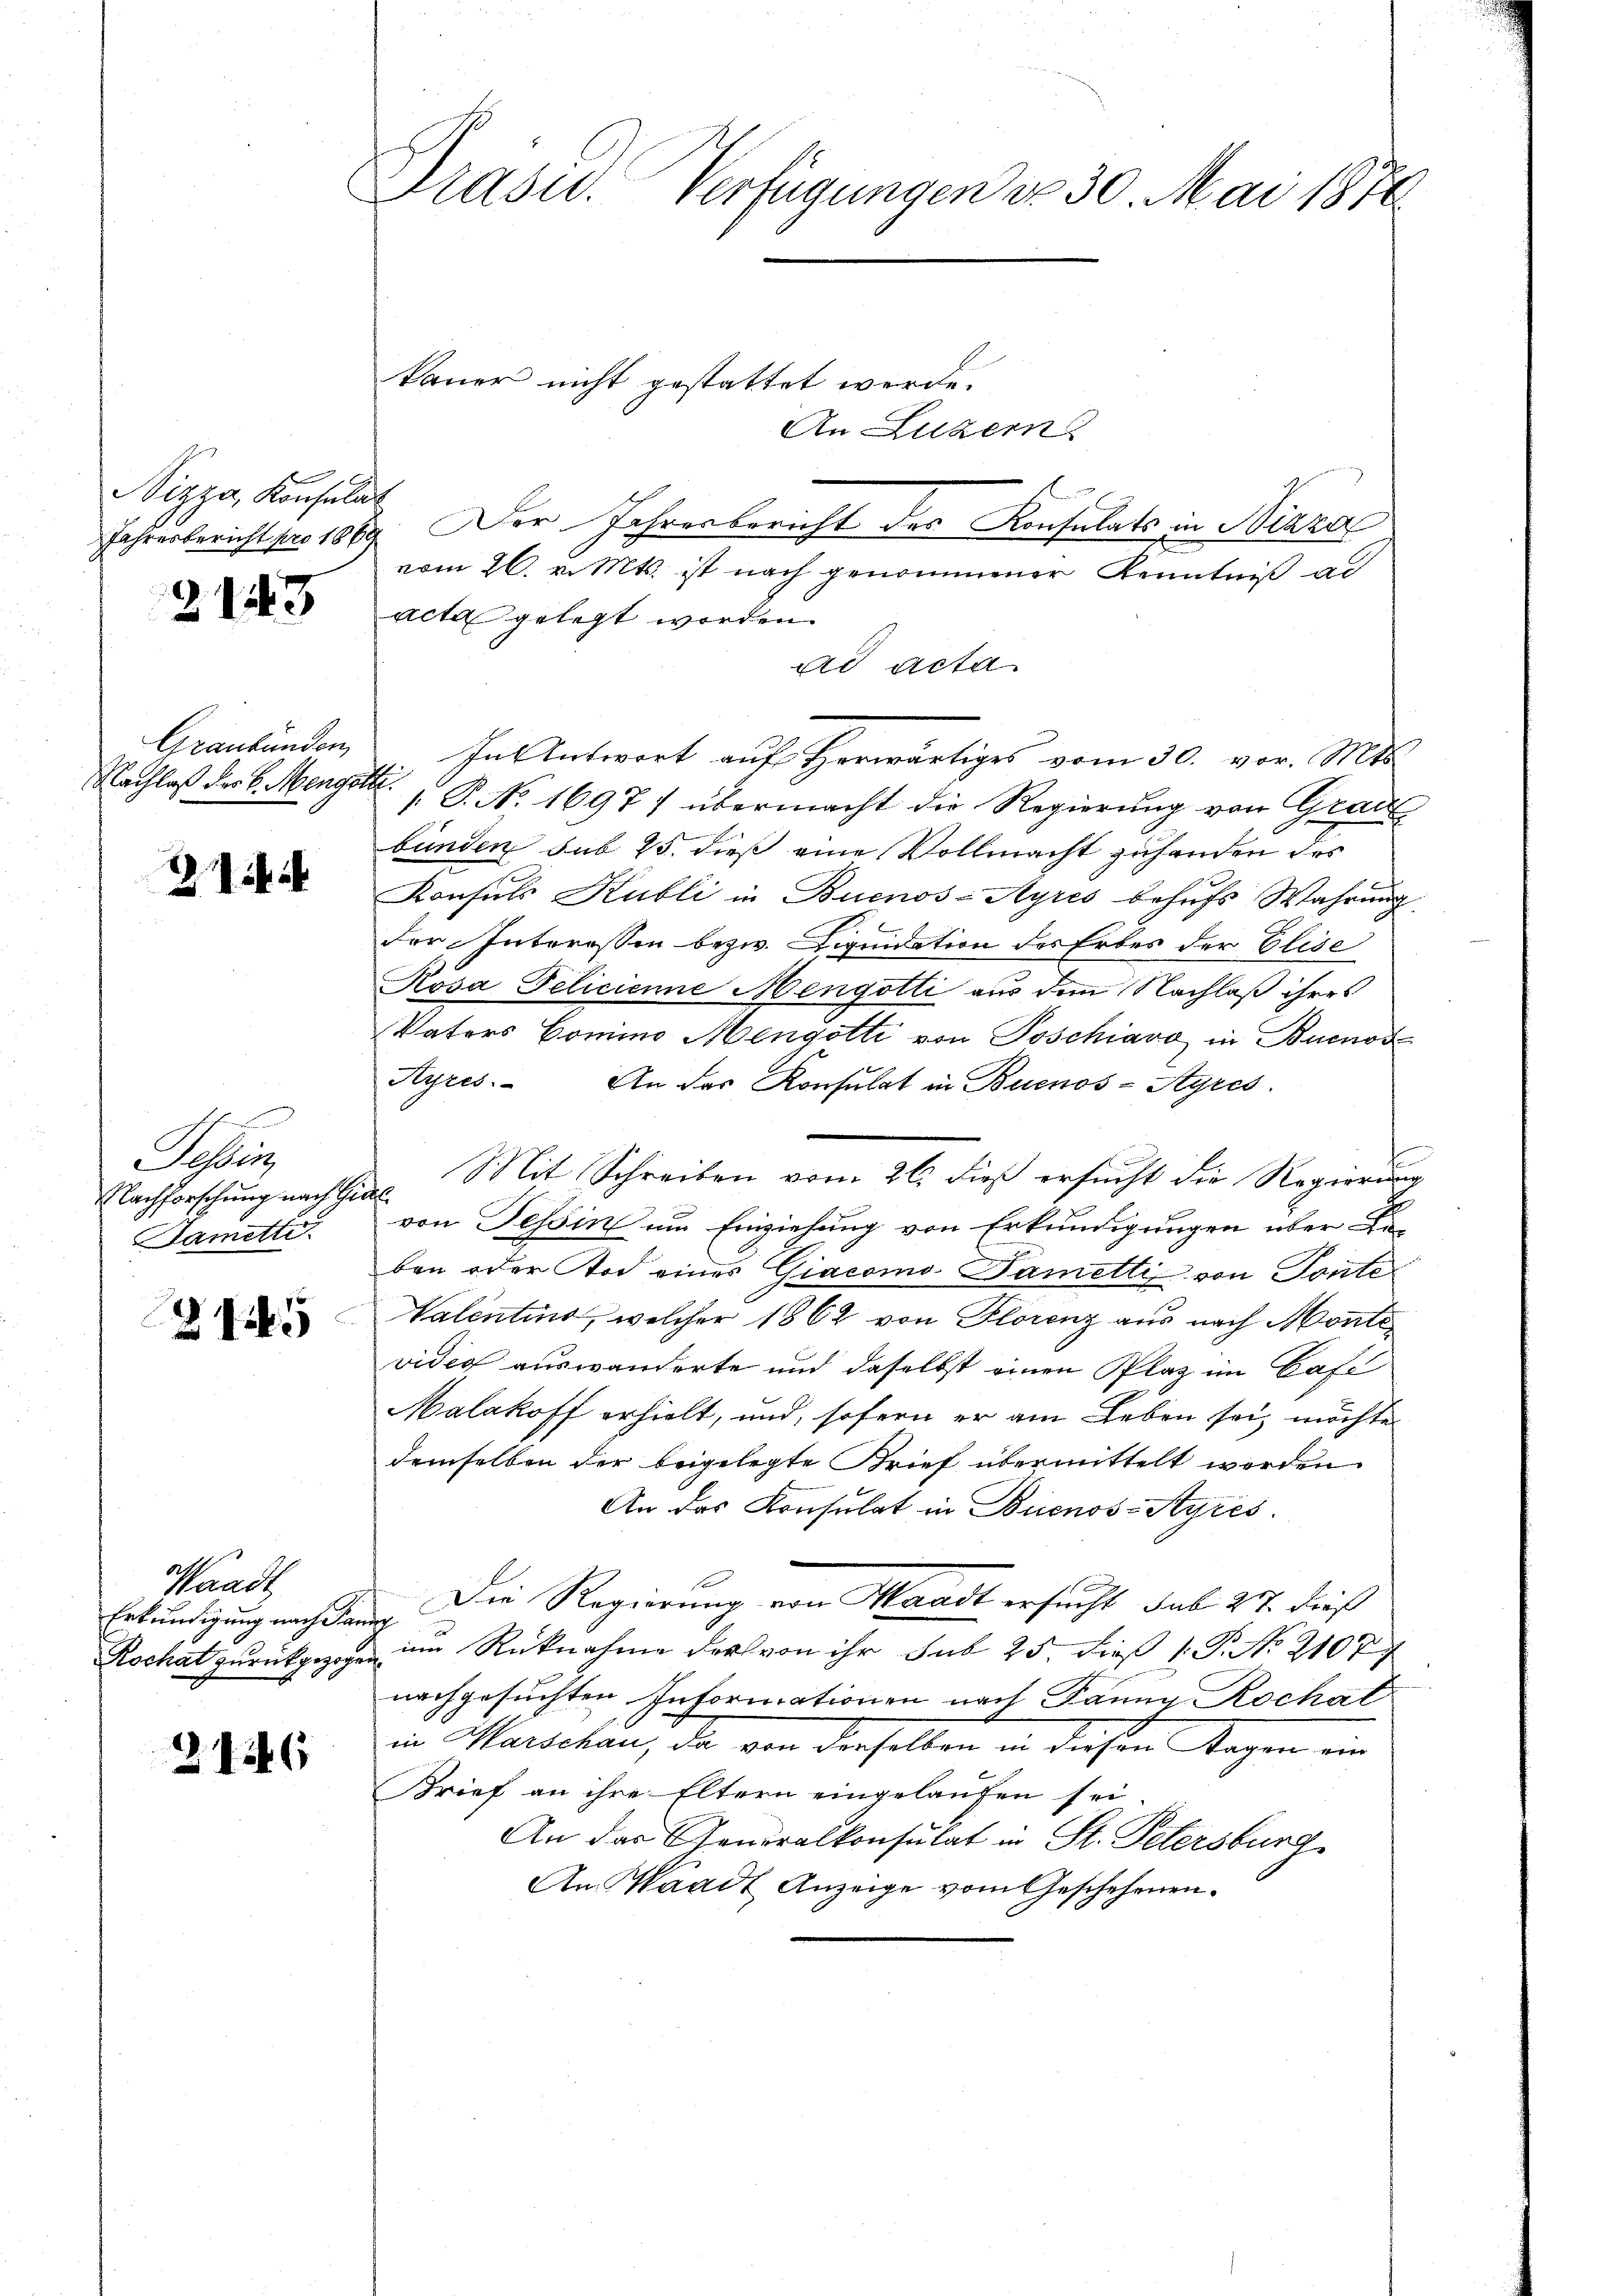
Wizza, Konsulat

21443

Graubünden,
Nachlaß des E. Menger

2. 2

Sellen
Nachforschung nach Ge
ametti

2145

Waadt
Erkundigung nach da
Rochat zurückgezog

2126

Präsid. Verfügungen No 30. Mai 1890.

kauer nicht gestattet werde.
An Luzern
Jahresbericht pro 1889. Der Jahresbericht des Konsulats in Nizza
vom 26. v. Mts. ist nach genommener Kenntniß ad
acta gelegt worden.
ad acta
In Antwort auf Herwärtiges vom 30. vor. Mts.
. P. No. 1697/ übermacht die Regierung von Grade
bunden sub 25. dieß eine Vollmacht zuhanden des
Konsuls Kubli in Buenos-Ayres behufs Wahrung
der Interessen bezw. Liquidation des Erbes der Elise
Rosa Delicienne Mengotti aus dem Nachlaß ihres
Vaters Comino Mengotti von Poschiavo in Buenos
Ayres. An das Konsulat in Buenos-Ayres
Mit Schreiben vom 26. dieß ersucht die Regierung
t
von Tessin um Einziehung von Erkundigungen über
ben oder Tod eines Giacomo Dametti von Tonte
Valentins, welcher 1862 von Florenz aus nach Montevidig auswanderte und daselbst einen Plaz im Cafe
Malakoff erhielt, und, sofern er am Leben sei möchte
demselben der beigelegte Brief übermittelt werden
An das Konsulat in Buenos-Ayres.
Die Regierung von Waadt ersucht sub 27. dieß
a
im Rücknahme des von ihr sub 25. dieß P. Nr. 2107
nachgesuchten Informationen nach Banng Rochat
in Marschau, da von derselben in diesen Tagen ein
Brief an ihre Eltern eingelaufen sei.
An der Generalkonsulat in St. Petersburg
An Waadt Anzeige vom Geschehenen.